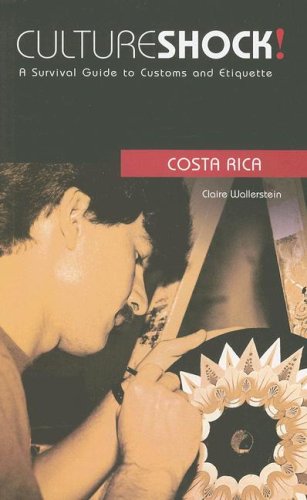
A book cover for Culture Shock! Costa Rica: A Survival Guide to Customs and Etiquette (Culture Shock! Guides); Claire Wallerstein; Travel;